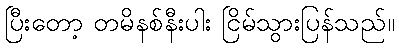
ပြီးတော့ တမိနစ်နီးပါး ငြိမ်သွားပြန်သည်။